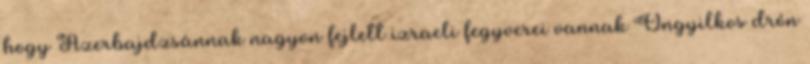
hogy Azerbajdzsánnak nagyon fejlett izraeli fegyverei vannak Öngyilkos drón